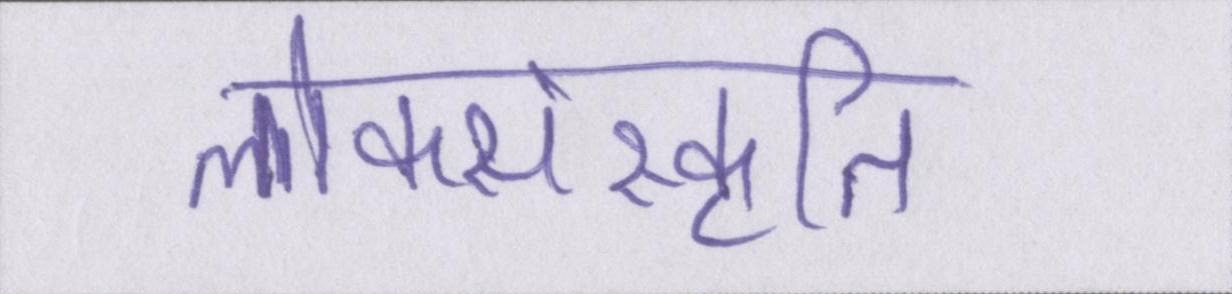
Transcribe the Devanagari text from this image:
लोकसंस्कृति